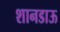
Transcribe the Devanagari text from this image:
शानडाऊ